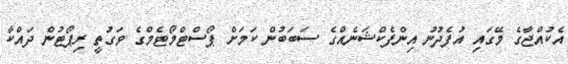
އެކުއްޖާގެ މޭގައި އުފެދުނު އިންފެކްޝަނެއްގެ ސަބަބުން ކަމަށް ޕޯސްޓްމޯޓެމްގެ ވަގުތީ ރިޕޯޓުން ދައްކާ